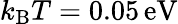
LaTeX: {k_{\mathrm B}T=0.05\, \mathrm{eV}}